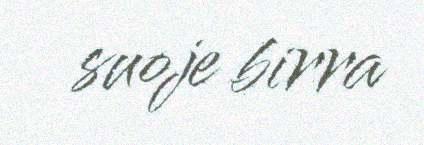
suoje birra